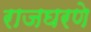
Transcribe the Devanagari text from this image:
राजघरणे